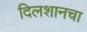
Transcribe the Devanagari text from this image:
दिलशानचा